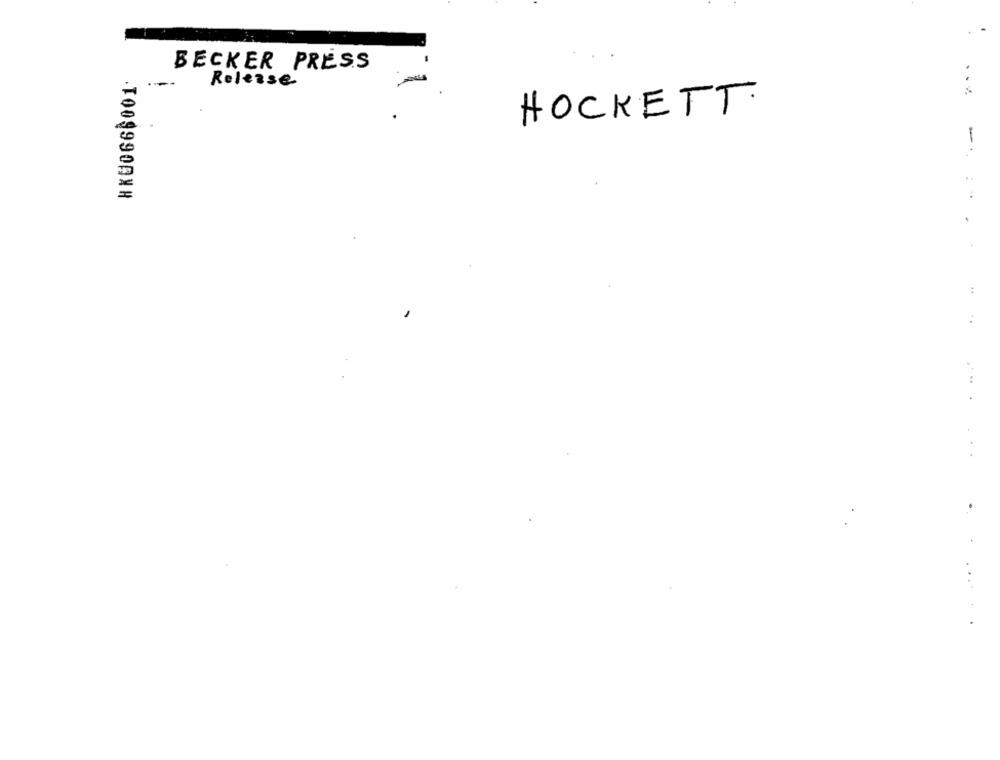
BECKER PRESS
HKU066$001
Release
HOCKETT
-
.
:
:
...
..